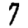
Digit: 7